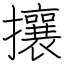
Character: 攘